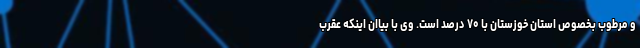
و مرطوب بخصوص استان خوزستان با ۷۰ درصد است. وی با بیاان اینکه عقرب